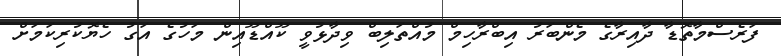
ފަރެސްމާތޮޑާ ދާއިރާގެ މެންބަރު އިބްރާހިމް މުއްތަލިބް ވިދާޅުވީ ކޫއްޑޫއިން މަހުގެ އަގު ހެޔޮކުރިކަމަށް